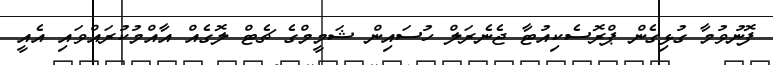
ފޮނުވުމާ ގުޅިގެން ޕްރޮސެކިއުޓާ ޖެނެރަލް ހުސައިން ޝަމީމްގެ ޗެޓް ލޮގެއް އާއްމުކުރައްވައި އެއީ